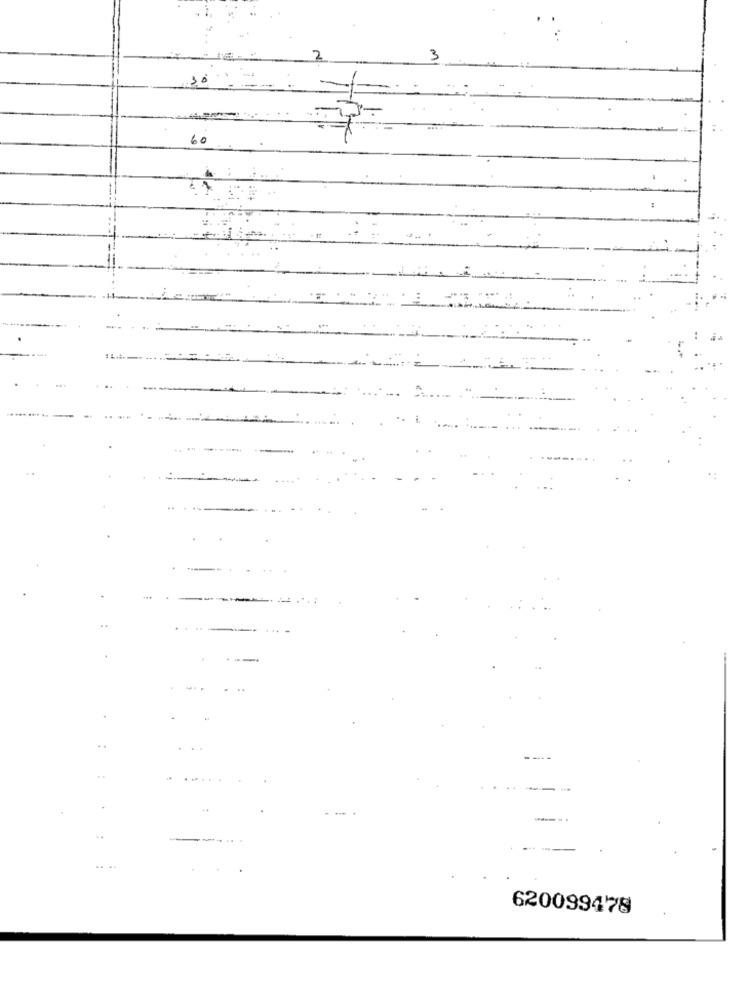
30
60
....
620099478